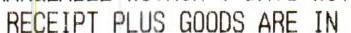
RECEIPT PLUS GOODS ARE IN